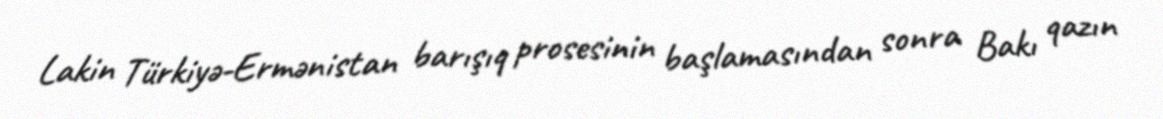
Lakin Türkiyə-Ermənistan barışıq prosesinin başlamasından sonra Bakı qazın